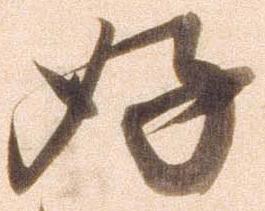
好